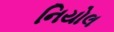
નિયોલ